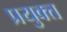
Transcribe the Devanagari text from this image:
प्रयुक्त्त